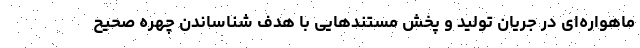
ماهواره‌ای در جریان تولید و پخش مستندهایی با هدف شناساندن چهره صحیح